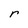
Character: r